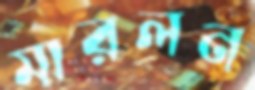
মারলন